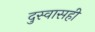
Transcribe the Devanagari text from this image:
दुस्वासही